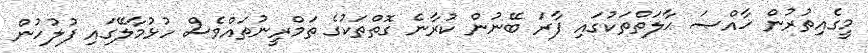
މީގެއިތުރުން ޚާއްޞަ ޙާލަތްތަކުގައި ފާރަ ބޭނުން ކުރާނެ ގޮތްތަކުގެ ތަމްރީނުތައްވެސް ހުޅުމާލޭގައި ފުލުހުން